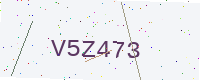
Text: V5Z473